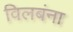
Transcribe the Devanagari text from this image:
विलबंना